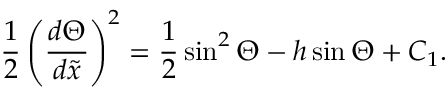
\frac { 1 } { 2 } \left( \frac { d \Theta } { d \tilde { x } } \right) ^ { 2 } = \frac { 1 } { 2 } \sin ^ { 2 } \Theta - h \sin \Theta + C _ { 1 } .